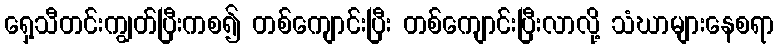
ရှေ့သီတင်းကျွတ်ပြီးကစ၍ တစ်ကျောင်းပြီး တစ်ကျောင်းပြီးလာလို့ သံဃာများနေစရာ